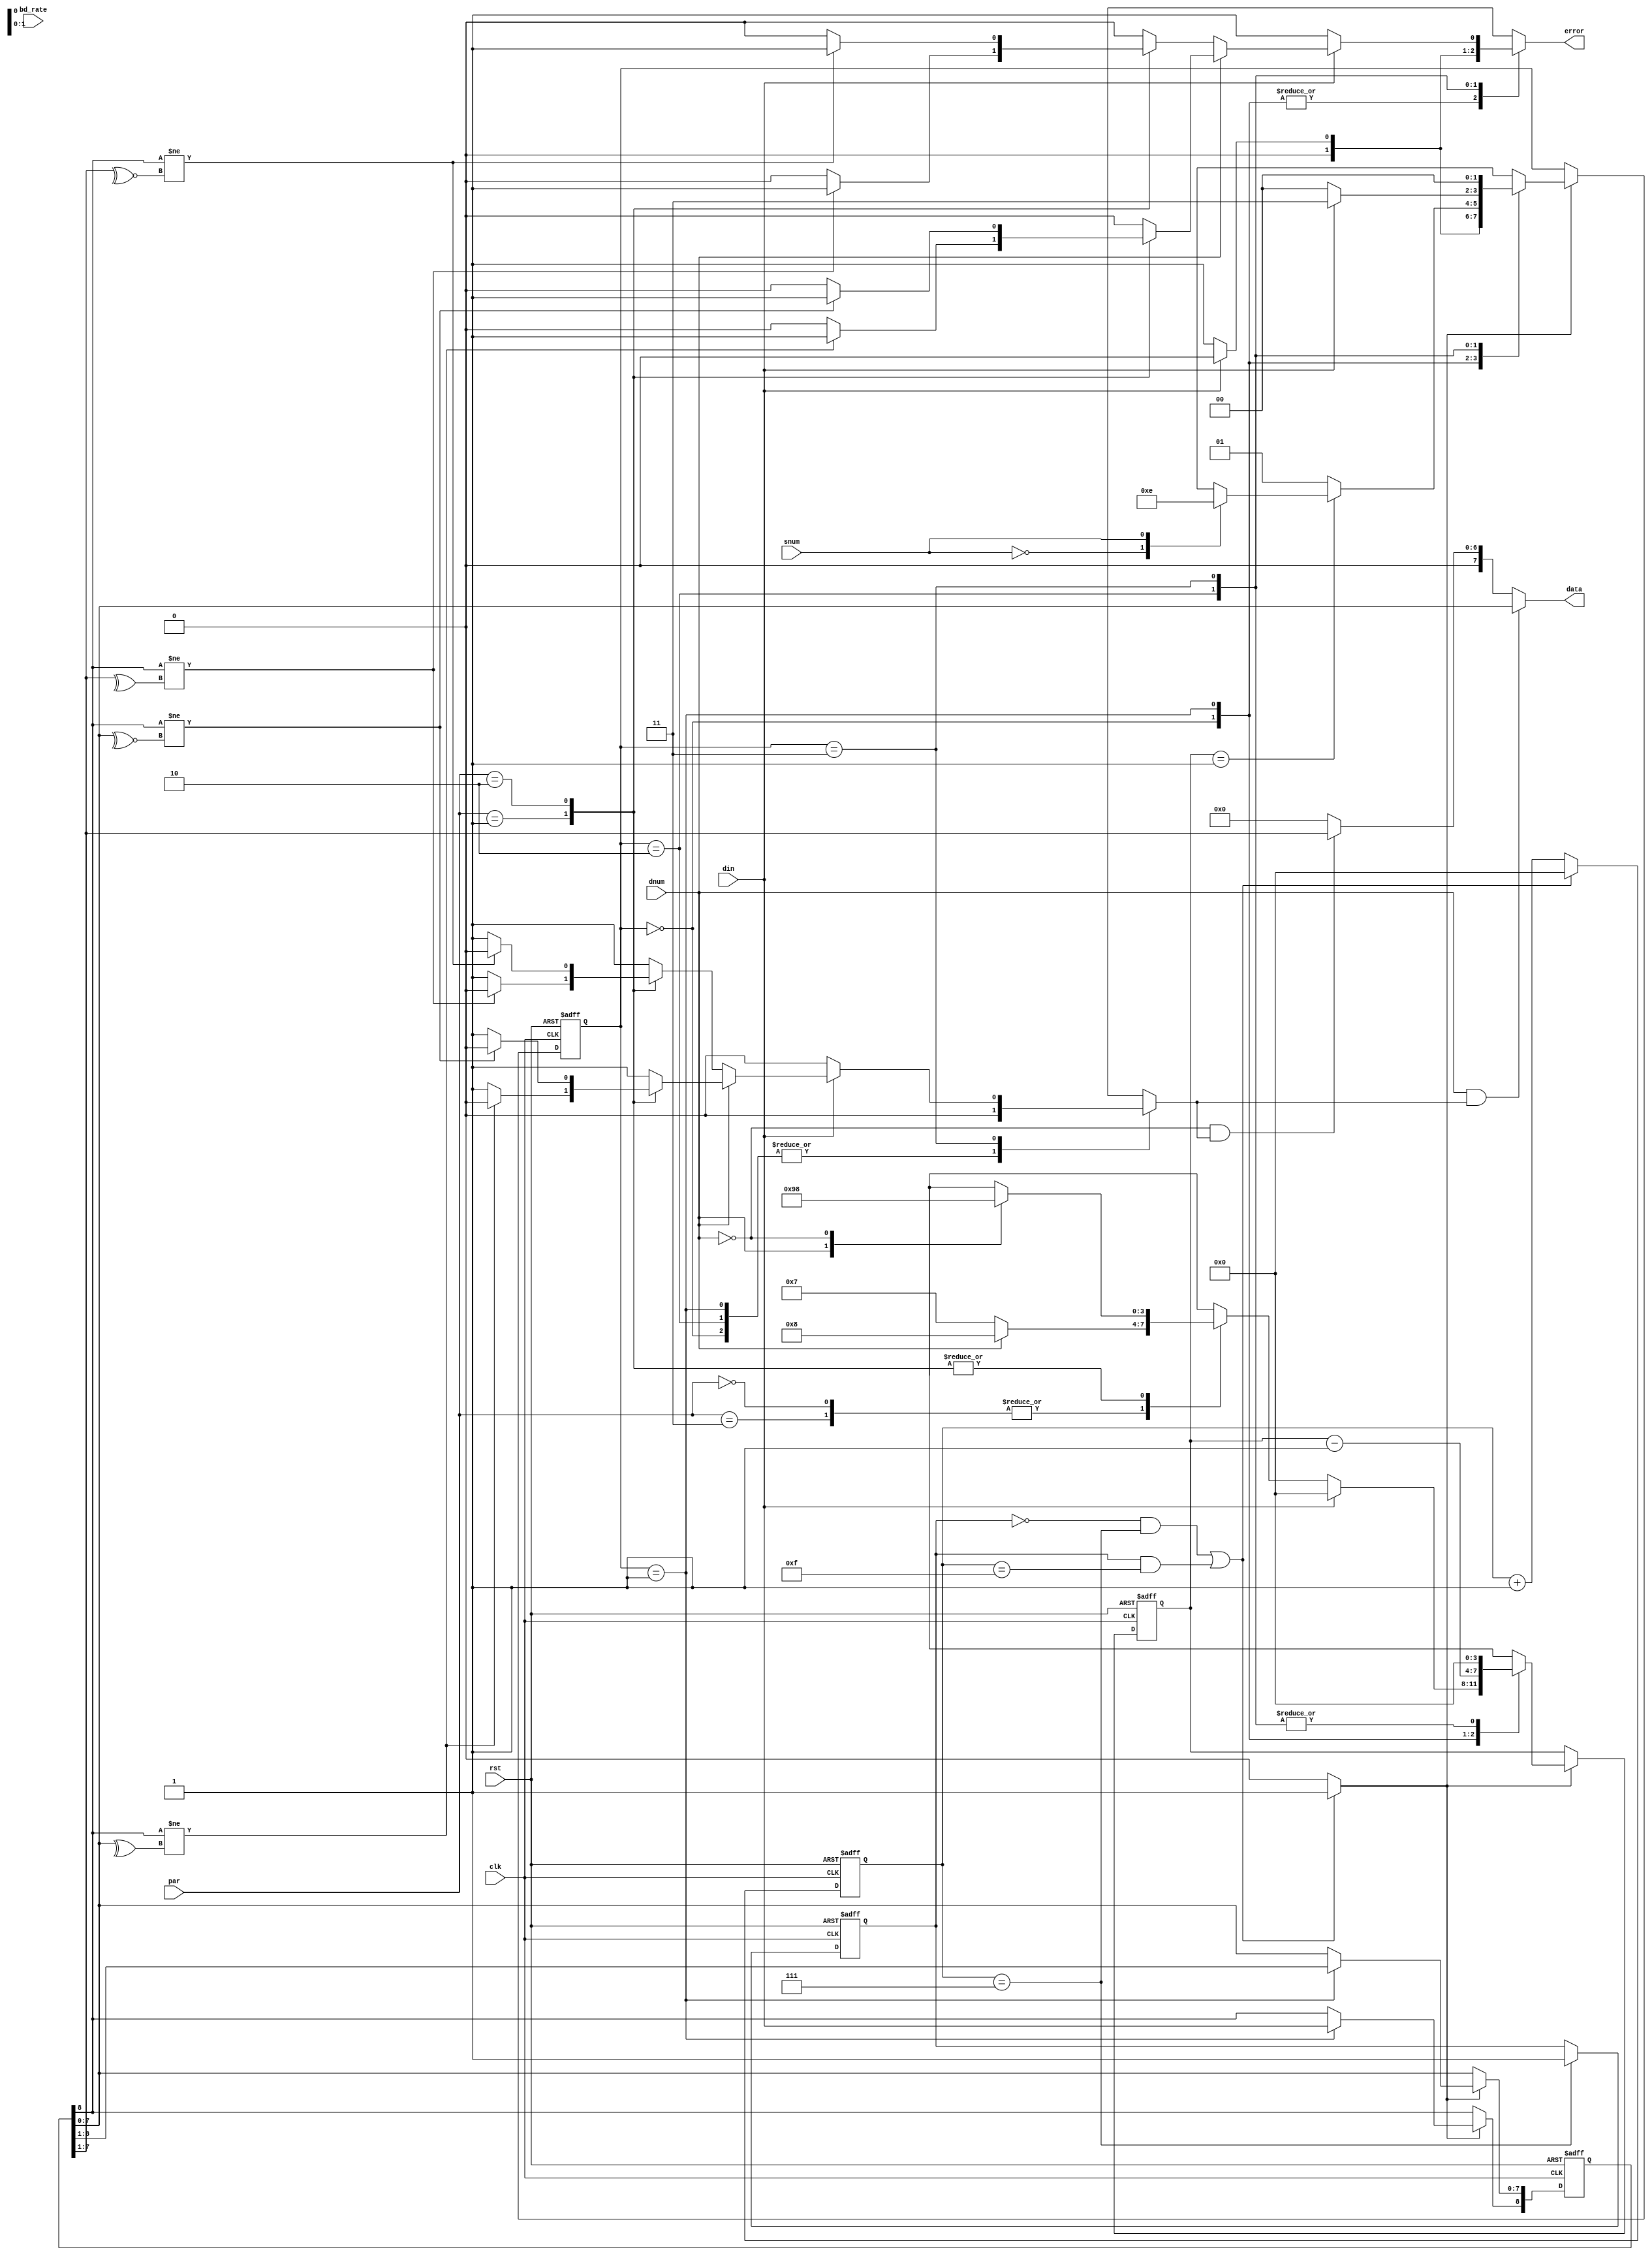
 module UART_Receiver
 #(      // FSMD parameters (states names)
    parameter [1:0]  
        idle  = 2'b00,
        receiving = 2'b01,
        wait_stop  = 2'b10,
        stop = 2'b11
)
 (
    input wire din,
    input wire dnum,snum,
    input wire [1:0] bd_rate,par,
    
    input clk,rst,
    
    output wire [7:0] data,
    output wire error  //1 bit error (parity, overrun, frame error)
 );
 
 // signal declration
wire sample_tick;
reg  sample_16;
reg  [1:0] state;
reg  [1:0] next_state;
reg  [3:0] qclk_reg;       // Sequential part for a clock counter
wire [3:0] qclk_next;      // Compinational part for this counter
reg  [3:0] r;    // Sequential counter
reg  [3:0] r_next;
reg  [8:0] data_reg; // A regester to store the received data in 
reg  data_flag;  // A flag to detect that the data is received correctly
reg  error_reg;
 
 // Counter of the sampling tick ( every 16 clk > 1 sample tick )
always @(posedge clk, posedge rst)
begin    
    if(rst)
    begin
        qclk_reg <= 4'b0;
        sample_16 <= 1'b0;
    end
    else
    begin
        qclk_reg <= qclk_next;
        if( qclk_reg == 4'd7 )   sample_16 = 1'b1; 
    end
end

assign qclk_next = ( ( sample_16 == 1'b0 && qclk_reg == 4'd7 )  ||
                                 (sample_16 == 1'b1 && qclk_reg == 4'd15) ) ? 4'b0 :  qclk_reg + 4'b1;
                   
assign sample_tick = ( sample_16 == 1'b0 && qclk_reg == 4'd7 || 
                                 ( sample_16 == 1'b1 && qclk_reg == 4'd15 ) ) ? 1'b1 : 1'b0;

//FSMD state and data registers sequantial circuit
always @(posedge clk, posedge rst)
begin
    if(rst)
    begin
        state <= 4'b0;
        r <= 4'b0;
        data_reg <= 9'b0;
    end
    else if(sample_tick)
    begin
        state <= next_state;
            r <= r_next;
        if(state == receiving)
        begin
            data_reg <= data_reg >> 1;
            data_reg[8] <= din;
        end
    end
end


//Control path of the FSMD ... next statte logic(combinational part of the FSM)
always @(*)
begin
    case(state)
    idle: if(din)  next_state = idle;
          else     next_state = receiving;
          
    receiving : if(r == 4'b1) 
                case(snum)
                1'b0 : next_state = stop;
                1'b1 : next_state = wait_stop;
                endcase
                else next_state = receiving;
                
    wait_stop : if(din) next_state = stop;
                else    next_state = idle;
                
    stop : next_state = idle;
    endcase    
end
 
 
 //Data path of the FSMD ... next data logic
always @(*)
begin
    // next data logic
    case(state)
    idle :
    begin
        data_flag = 1'b0;
        error_reg = 1'b0;
        if(~din)
        begin
            case(par)                                                                                    
            'b00,2'b11 :                                                                                
             begin                                                                                        
                 if(dnum) r_next = 4'd8;   // no parity + 8-bit data                                      
                 else     r_next = 4'd7;   // no parity + 7-bit data                                                                                                          
             end                                                                                          
                                                                                                          
             2'b01 :                                                                                      
             begin                                                                                        
                 case(dnum)                                                                               
                 1'b1:  r_next = 4'd9; //odd parity +  8-bit data   
                 1'b0:  r_next = 4'd8; //odd parity +  7-bit data   
                 endcase                                                                                  
             end                                                                                          
                                                                                                          
             2'b10 :                                                                                      
             begin                                                                                        
                 case(dnum)                                                                               
                 1'b1:  r_next = 4'd9;  //even parity +  8-bit data 
                 1'b0:  r_next = 4'd8;  //even parity +  7-bit data 
                 endcase                                                                                  
             end                                                                                    
             endcase                                                                                      
        end                                      
        else
        begin
        // like the reset conditions     
            r_next = 4'b0;
        end
    end
    
    receiving: 
    begin 
        r_next = r - 4'b1;  // decrementing the counter 
        data_flag = 1'b0; 
        error_reg = 1'b0;
    end 
                   
                     
    wait_stop:  
    begin
                r_next = 4'b0;
                data_flag = 1'b0;                 
                if(din) error_reg = 1'b0;
                else    error_reg = 1'b1;
    end
                
    stop:   
    begin
        r_next = 4'b0;
        if(~din) begin error_reg = 1'b1; data_flag =1'b0; end
        else
        begin
            if(dnum)
            begin
                case(par)
                2'b01 : if( data_reg[8] !=  ^(data_reg[7:0]) ) begin error_reg = 1'b1; data_flag =1'b0; end
                        else begin error_reg = 1'b0; data_flag =1'b1; end
                2'b10 : if( data_reg[8] != ~^(data_reg[7:0]) ) begin error_reg = 1'b1; data_flag =1'b0; end
                        else begin error_reg = 1'b0; data_flag =1'b1; end
                default : begin error_reg = 1'b0; data_flag = 1'b1; end
                endcase
            end
            else
            begin
                case(par)
                2'b01 : if( data_reg[8] !=  ^(data_reg[7:1]) )  begin error_reg = 1'b1; data_flag =1'b0; end
                        else begin error_reg = 1'b0; data_flag =1'b1; end
                2'b10 : if( data_reg[8] != ~^(data_reg[7:1]) )  begin error_reg = 1'b1; data_flag =1'b0; end
                        else begin error_reg = 1'b0; data_flag =1'b1; end
                default : begin error_reg = 1'b0; data_flag =1'b1; end
                endcase
            end
        end
    end
    endcase     
end
        
assign error = error_reg;

assign data = ( dnum && data_flag) ?    data_reg[7:0]     :
              (~dnum && data_flag) ? {1'b0,data_reg[7:1]} : 8'b0;
    

 endmodule